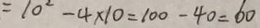
= 1 0 ^ { 2 } - 4 \times 1 0 = 1 0 0 - 4 0 = 6 0